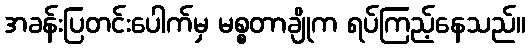
အခန်းပြတင်းပေါက်မှ မစ္စတာချိုက ရပ်ကြည့်နေသည်။